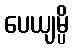
ပေယျမ္ပိ